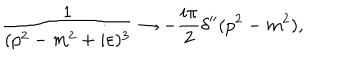
{ \frac { 1 } { ( p ^ { 2 } - m ^ { 2 } + i \varepsilon ) ^ { 3 } } } \rightarrow - { \frac { i \pi } { 2 } } \delta ^ { \prime \prime } ( p ^ { 2 } - m ^ { 2 } ) ,